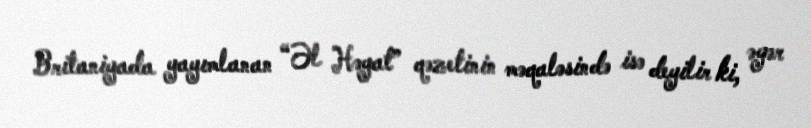
Britaniyada yayımlanan “Əl Həyat” qəzetinin məqaləsində isə deyilir ki, əgər